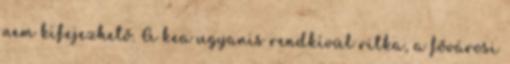
nem kifejezhető. A kea ugyanis rendkívül ritka, a fővárosi